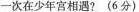
-次在少年宫相遇?(6分)